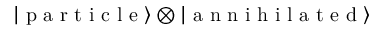
\left| \textrm { p a r t i c l e } \right\rangle \otimes \left| \textrm { a n n i h i l a t e d } \right\rangle